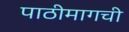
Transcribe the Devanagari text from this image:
पाठीमागची